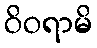
ဝိဝရာမိ